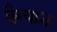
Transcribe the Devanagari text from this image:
वैग्यान